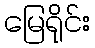
မြေရိုင်း